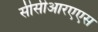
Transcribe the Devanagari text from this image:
सीसीआरएएस